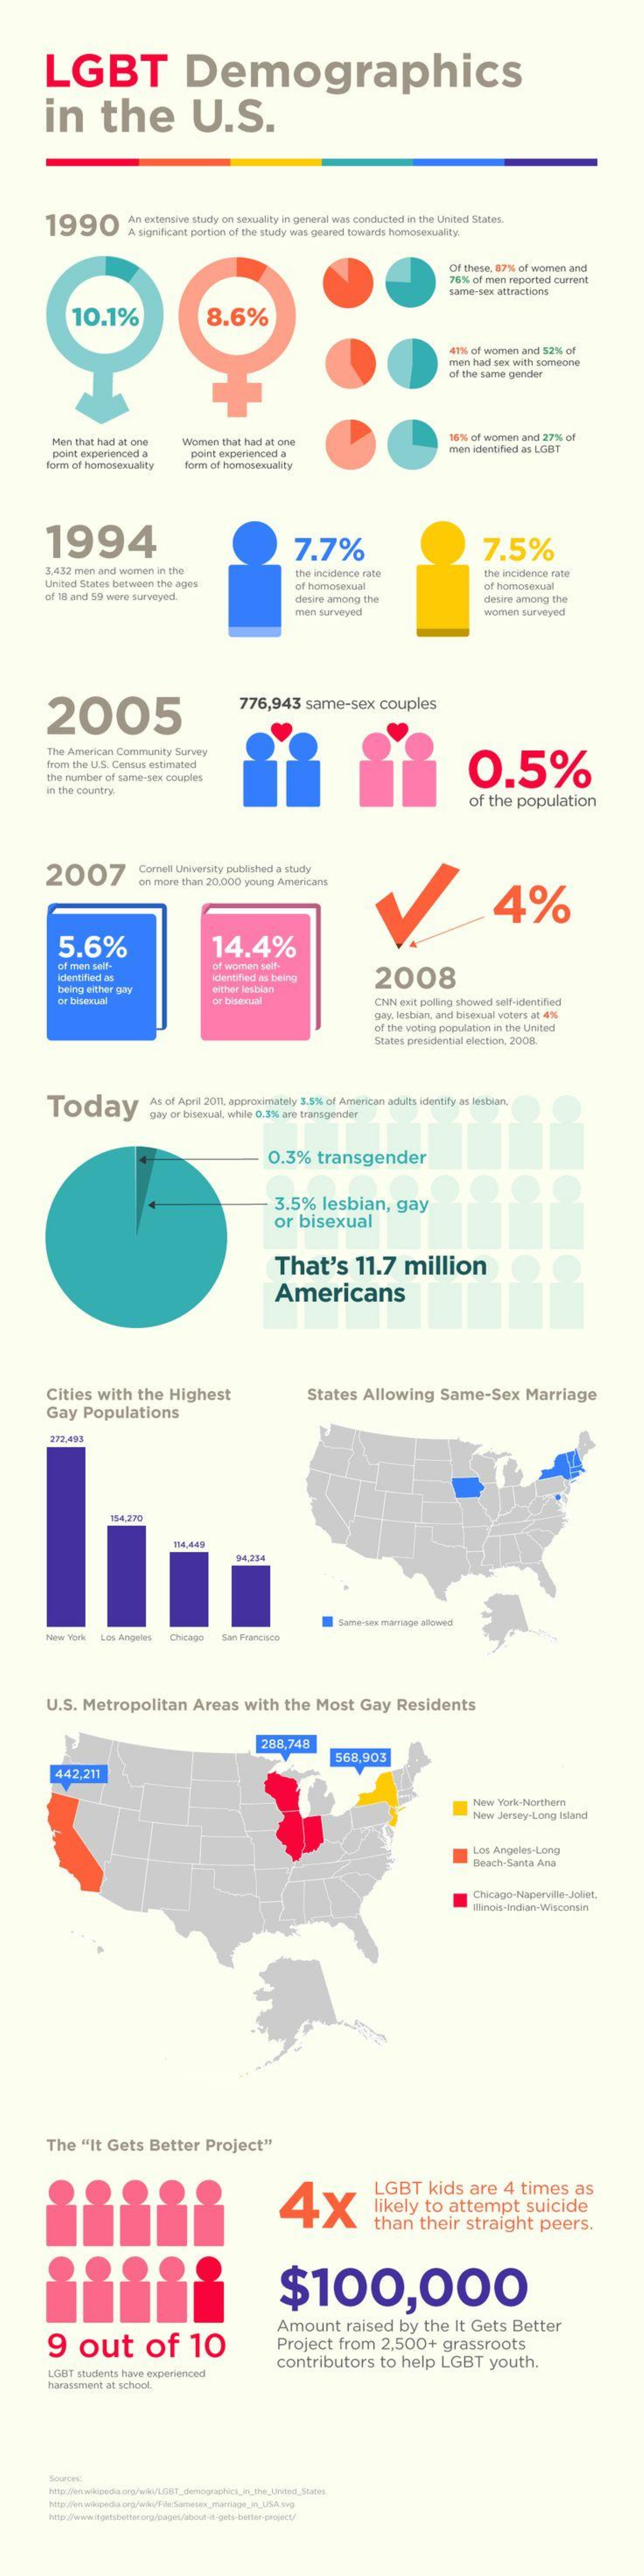
LGBT    Demographics
     in    the    U.S.
     1990    An extensive study on siteutility in general was conducted in the United States.
     A significant portion of the study was geared towards homosexuality.
     Of these, 87% of women and
     76% of man reported current
     same-sex attractions
     10.1%    8.6%
     41% of women and 52% of
     men had sex with someone
     of the same gender
     Men that had at one  Women that had at one
     16%% of women and 27% of
     point experienced a   point experienced a    men identified as LOBT
     form of homosexuality form of homosexuality
     1994    7.7%    7.5%
     3.432 men and women in the
     United States between the ages
     the incidence rate    the incidence rate
     of 18 and 59 were surveyed.
     of homosexual    of homosexual
     desire among the    desire among the
     men surveyed    women surveyed
     2005
     776,943   same-sex   couples
     The American Community Survey
     0.5%
     from the U.S. Census estimated
     the number of same-sex couples
     in the country
     of the population
     2007    Comell University published a study
     on more than 20,000 young Americans
     4%
     5.6%    14.4%
     of man self-    of women paif-
     identified as    identified as being    2008
     being either gas    either lesbian
     be bbincual    CNN exit polling showed self-identified
     gay, lesbian, and bisexual voters at 4%
     of the voting populabon in the United
     States presidential election, 2008.
     Today    As of April 201, approximately 3.5% of American adults identify as lesbian.
     gay or bisexual, while 0.31% are transgender
     0.3%   transgender
     3.5%   lesbian,    gay
     or  bisexual
     That's    11.7    million
     Americans
     Cities with  the  Highest    States   Allowing    Same-Sex    Marriage
     Gay  Populations
     272,495
     154.390
     114,449
     M.334
     Same sex marriage atowed
     New York Los Angeles Chicago San Francisco
     U.S. Metropolitan    Areas   with  the  Most   Gay   Residents
     288,748
     568,903
     442,211
     New York-Northern
     New Jersey-Long Island
     Los Angeles-Long
     Beach-Santa Ana
     The  "It Gets  Better   Project"
     4x
     LGBT    kids  are   4  times   as
     likely  to attempt    suicide
     than  their   straight   peers.
     $100,000
     9   out    of    10
     Amount    raised  by  the  It Gets  Better
     Project   from   2,500+   grassroots
     LGBT students have experienced
     contributors    to  help  LGBT   youth.
     harassment at school